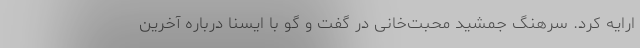
ارایه کرد. سرهنگ جمشید محبت‌خانی در گفت و گو با ایسنا درباره آخرین